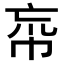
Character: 𢂠